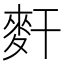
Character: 𪌃